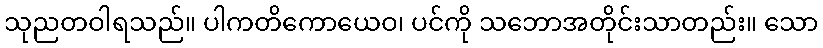
သုညတဝါရသည်။ ပါကတိကောယေဝ၊ ပင်ကို သဘောအတိုင်းသာတည်း။ သော